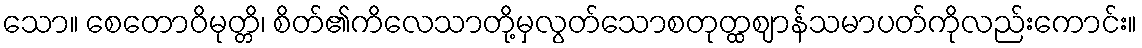
သော။ စေတောဝိမုတ္တိ၊ စိတ်၏ကိလေသာတို့မှလွတ်သောစတုတ္ထဈာန်သမာပတ်ကိုလည်းကောင်း။